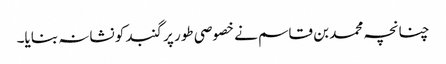
چنانچہ محمد بن قاسم نے خصوصی طور پر گنبد کو نشانہ بنایا۔